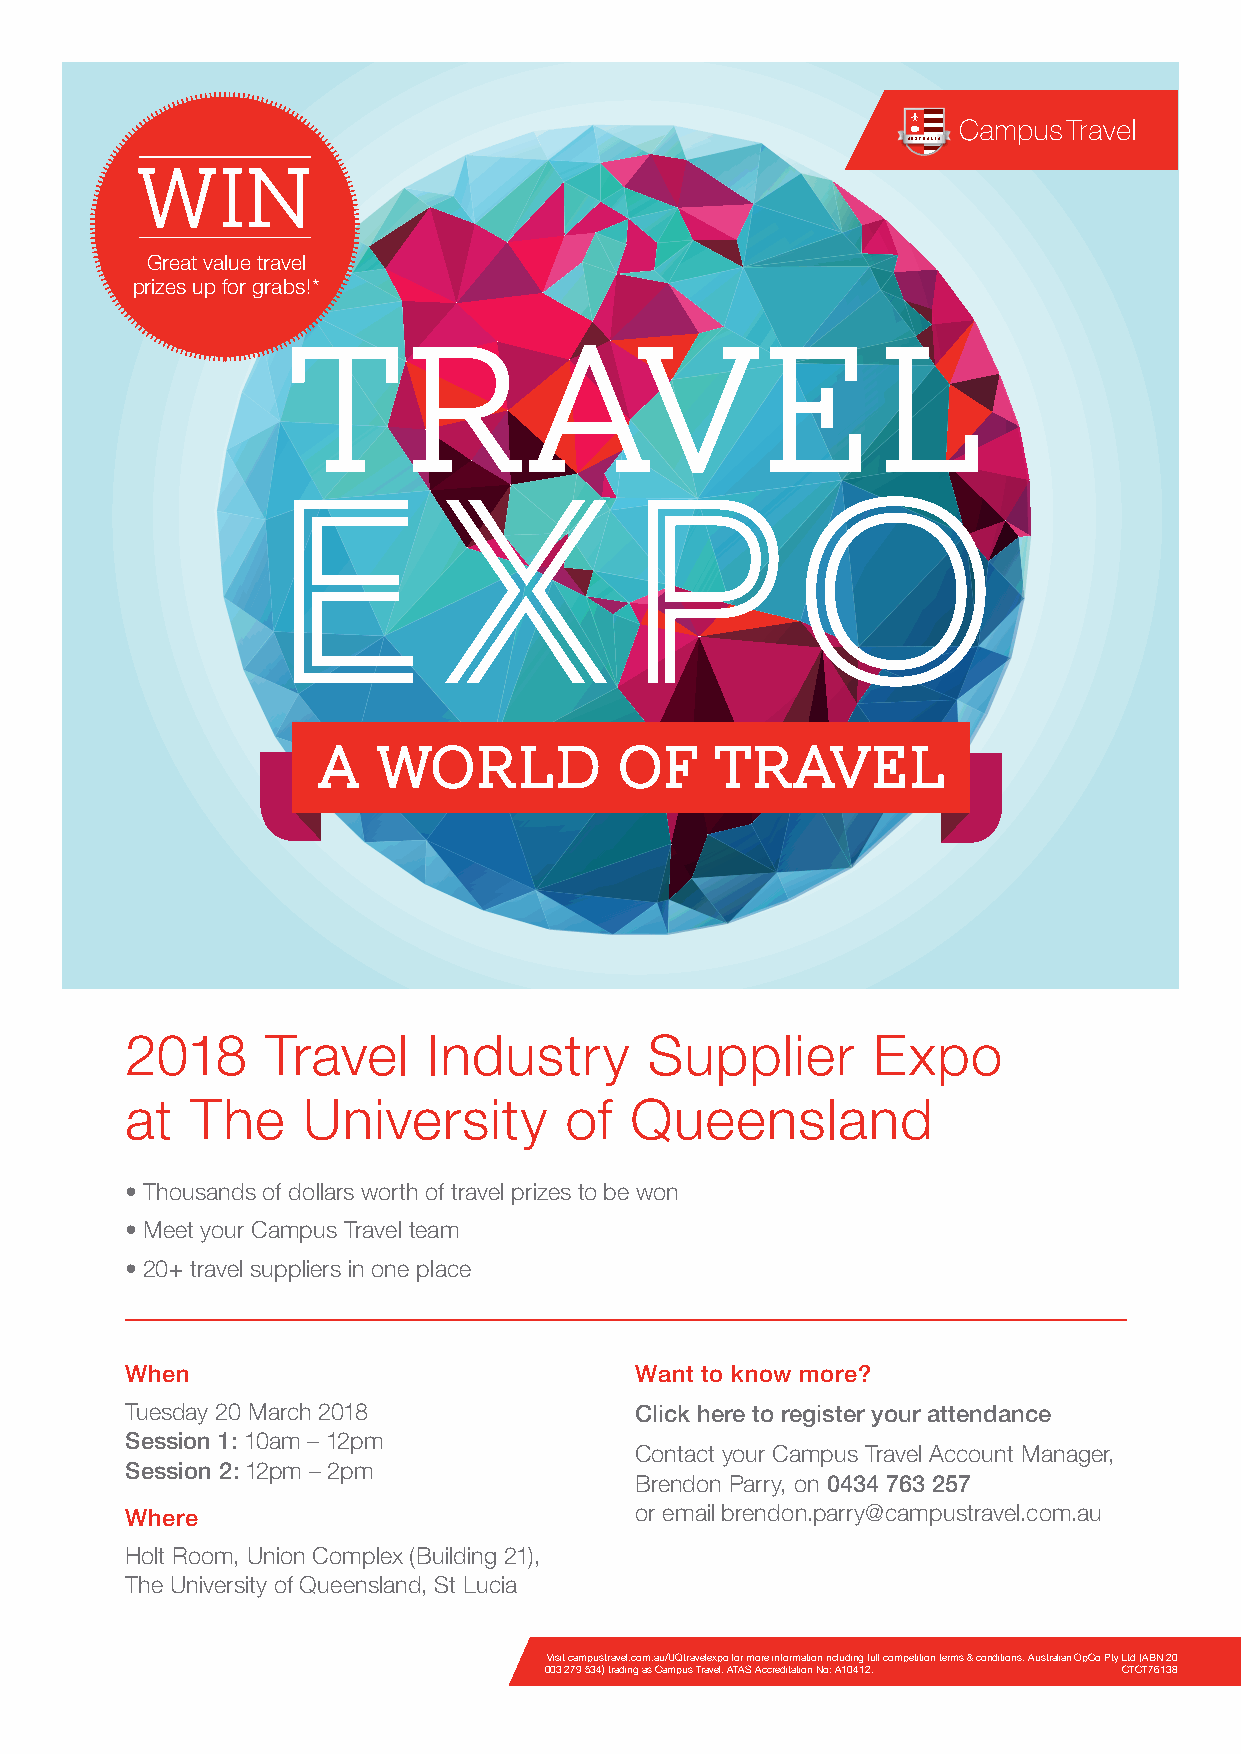
AUSTRALIA
 WIN
 Great value travel
 prizes up for grabs!*
 Travel
 EXPO
 A   world           of    Travel
 2018      Travel    Industry       Supplier       Expo
 at   The    University       of   Queensland
 • Thousands of dollars worth of travel prizes to be won
 • Meet your Campus Travel team
 • 20+ travel suppliers in one place
 When                              Want to know more?
 Tuesday 20 March 2018             Click here to register your attendance
 Session 1: 10am – 12pm
 Contact your Campus Travel Account Manager,
 Session 2: 12pm – 2pm
 Brendon Parry, on 0434 763 257
 Where                             or email brendon.parry@campustravel.com.au
 Holt Room, Union Complex (Building 21),
 The University of Queensland, St Lucia
 Visit campustravel.com.au/UQtravelexpo for more information including full competition terms & conditions. Australian OpCo Pty Ltd (ABN 20
 003 279 534) trading as Campus Travel. ATAS Accreditation No: A10412. CTCT76138